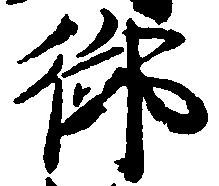
御